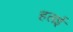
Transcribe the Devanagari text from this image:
हलई